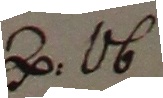
P. Ob